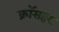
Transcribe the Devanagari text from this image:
क्रॉसहर